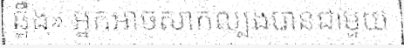
ឆ្អឹង» អ្នកអាចសាកល្បងបានជាមួយ